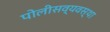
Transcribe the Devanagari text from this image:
पोलीसव्यवस्था